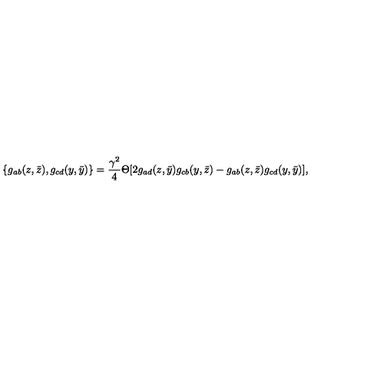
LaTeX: \{ g _ { a b } ( z , \bar { z } ) , g _ { c d } ( y , \bar { y } ) \} = \frac { \gamma ^ { 2 } } { 4 } \Theta [ 2 g _ { a d } ( z , \bar { y } ) g _ { c b } ( y , \bar { z } ) - g _ { a b } ( z , \bar { z } ) g _ { c d } ( y , \bar { y } ) ] ,